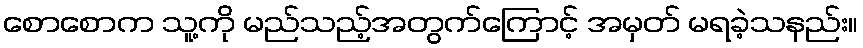
စောစောက သူ့ကို မည်သည့်အတွက်ကြောင့် အမှတ် မရခဲ့သနည်း။